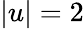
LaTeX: |u|=2